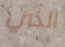
الذي